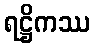
ရဋ္ဌိကဿ